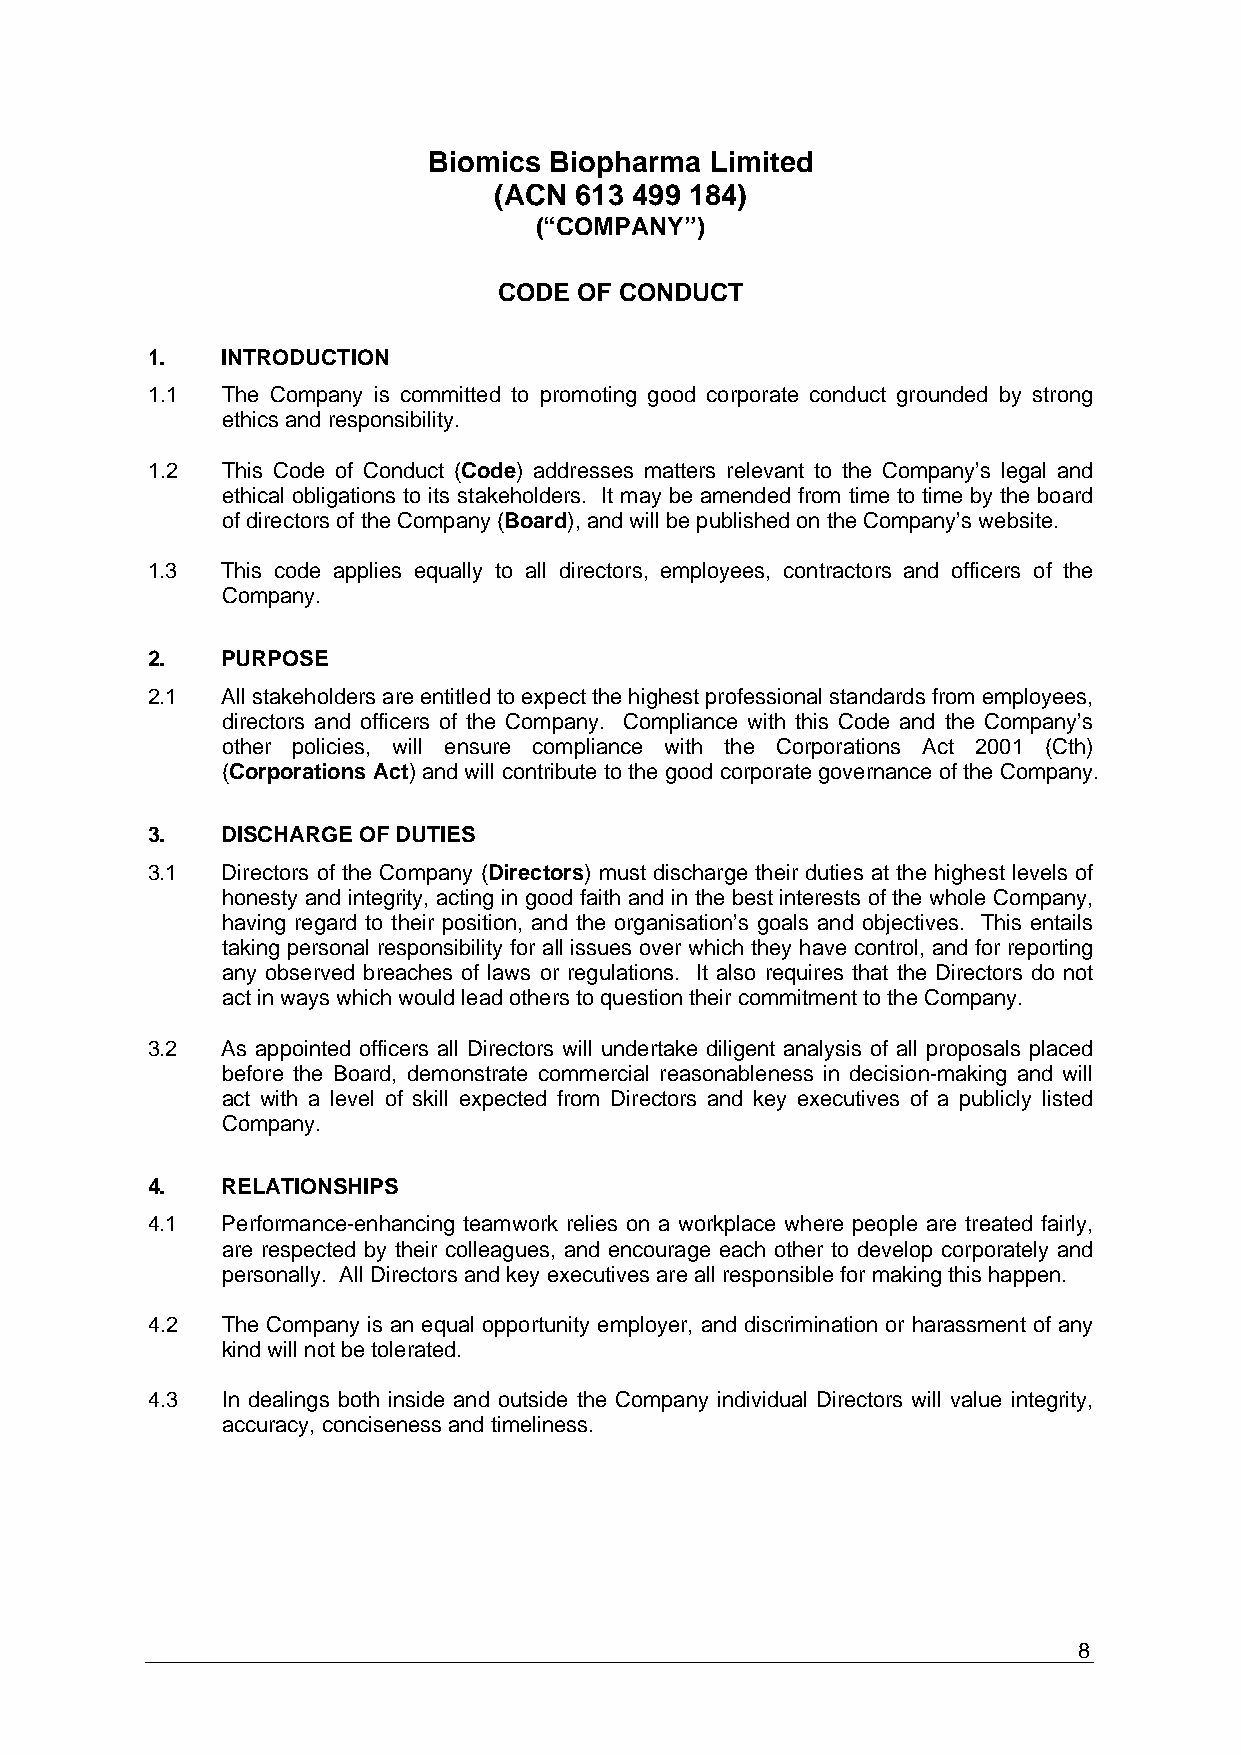
Biomics Biopharma  Limited
 (ACN 613 499 184)
 (“COMPANY”)
 CODE OF CONDUCT
 1.   INTRODUCTION
 1.1  The Company is committed to promoting good corporate conduct grounded by strong
 ethics and responsibility.
 1.2  This Code of Conduct (Code) addresses matters relevant to the Company’s legal and
 ethical obligations to its stakeholders. It may be amended from time to time by the board
 of directors of the Company (Board), and will be published on the Company’s website.
 1.3  This code applies equally to all directors, employees, contractors and officers of the
 Company.
 2.   PURPOSE
 2.1  All stakeholders are entitled to expect the highest professional standards from employees,
 directors and officers of the Company. Compliance with this Code and the Company’s
 other policies, will ensure compliance with the Corporations Act 2001 (Cth)
 (Corporations Act) and will contribute to the good corporate governance of the Company.
 3.   DISCHARGE OF DUTIES
 3.1  Directors of the Company (Directors) must discharge their duties at the highest levels of
 honesty and integrity, acting in good faith and in the best interests of the whole Company,
 having regard to their position, and the organisation’s goals and objectives. This entails
 taking personal responsibility for all issues over which they have control, and for reporting
 any observed breaches of laws or regulations. It also requires that the Directors do not
 act in ways which would lead others to question their commitment to the Company.
 3.2  As appointed officers all Directors will undertake diligent analysis of all proposals placed
 before the Board, demonstrate commercial reasonableness in decision-making and will
 act with a level of skill expected from Directors and key executives of a publicly listed
 Company.
 4.   RELATIONSHIPS
 4.1  Performance-enhancing teamwork relies on a workplace where people are treated fairly,
 are respected by their colleagues, and encourage each other to develop corporately and
 personally. All Directors and key executives are all responsible for making this happen.
 4.2  The Company is an equal opportunity employer, and discrimination or harassment of any
 kind will not be tolerated.
 4.3  In dealings both inside and outside the Company individual Directors will value integrity,
 accuracy, conciseness and timeliness.
 8